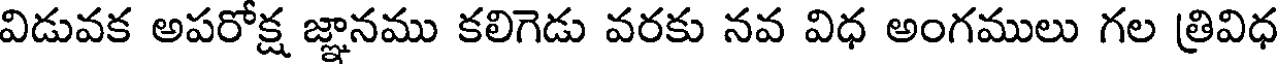
విడువక అపరోక్ష జ్ఞానము కలిగెడు వరకు నవ విధ అంగములు గల త్రివిధ